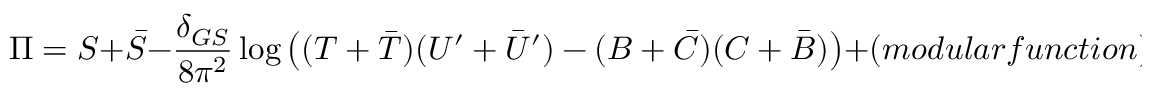
{ \Pi } = S + { \bar { S } } - \frac { \delta _ { G S } } { 8 \pi ^ { 2 } } \log \left( ( T + { \bar { T } } ) ( U ^ { \prime } + { \bar { U } } ^ { \prime } ) - ( B + { \bar { C } } ) ( C + { \bar { B } } ) \right) + ( m o d u l a r f u n c t i o n ) .